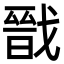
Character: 戩